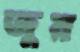
জুয়